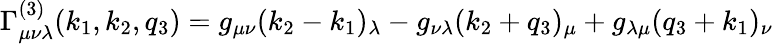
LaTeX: \Gamma_{\mu\nu\lambda}^{(3)}(k_{1},k_{2},q_{3})=g_{\mu\nu}(k_{2}-k_{1})_{\lambda}-g_{\nu\lambda}(k_{2}+q_{3})_{\mu}+g_{\lambda\mu}(q_{3}+k_{1})_{\nu}